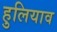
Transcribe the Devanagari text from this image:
हुलियाव